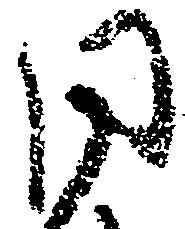
同